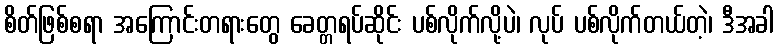
စိတ်ဖြစ်စရာ အကြောင်းတရားတွေ ခေတ္တရပ်ဆိုင်း ပစ်လိုက်လို့ပဲ၊ လုပ် ပစ်လိုက်တယ်တဲ့၊ ဒီအခါ